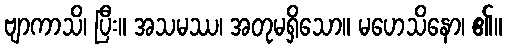
ဗျာကာသိ၊ ပြီး။ အသမဿ၊ အတုမရှိသော။ မဟေသိနော၊ ၏။